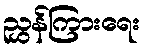
ညွှန်ကြားရေး